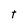
Character: t